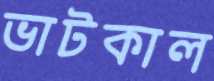
ভাটকাল